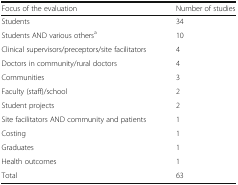
| Focus of the evaluation | Number of studies |
 | --- | --- |
 | Students | 34 |
 | Students AND various othersa | 10 |
 | Clinical supervisors/preceptors/site facilitators | 4 |
 | Doctors in community/rural doctors | 4 |
 | Communities | 3 |
 | Faculty (staff)/school | 2 |
 | Student projects | 2 |
 | Site facilitators AND community and patients | 1 |
 | Costing | 1 |
 | Graduates | 1 |
 | Health outcomes | 1 |
 | Total | 63 |